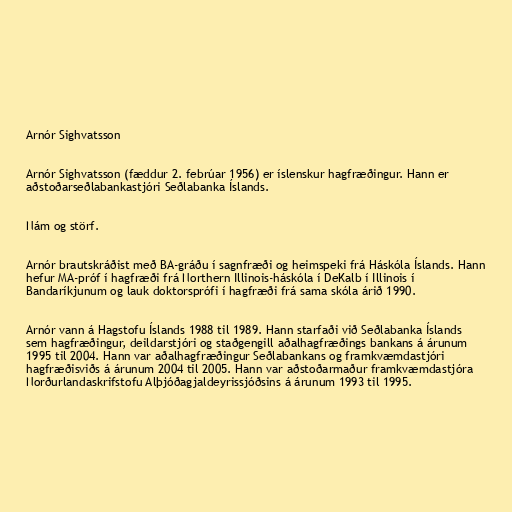
Arnór Sighvatsson

Arnór Sighvatsson (fæddur 2. febrúar 1956) er íslenskur hagfræðingur. Hann er
aðstoðarseðlabankastjóri Seðlabanka Íslands.

Nám og störf.

Arnór brautskráðist með BA-gráðu í sagnfræði og heimspeki frá Háskóla Íslands. Hann
hefur MA-próf í hagfræði frá Northern Illinois-háskóla í DeKalb í Illinois í
Bandaríkjunum og lauk doktorsprófi í hagfræði frá sama skóla árið 1990.

Arnór vann á Hagstofu Íslands 1988 til 1989. Hann starfaði við Seðlabanka Íslands
sem hagfræðingur, deildarstjóri og staðgengill aðalhagfræðings bankans á árunum
1995 til 2004. Hann var aðalhagfræðingur Seðlabankans og framkvæmdastjóri
hagfræðisviðs á árunum 2004 til 2005. Hann var aðstoðarmaður framkvæmdastjóra
Norðurlandaskrifstofu Alþjóðagjaldeyrissjóðsins á árunum 1993 til 1995.